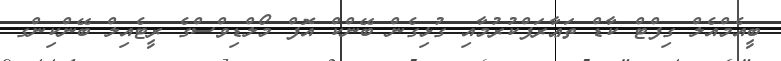
ބީއެމްއެލް ގިފްޓް ކާޑް ތަޢާރަފްކުރުމާއި ގުޅިގެން ބޭންކް އޮފް މޯލްޑިވްސްގެ ރީޓެއިލް ބޭންކިންގ